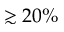
\gtrsim 2 0 \%